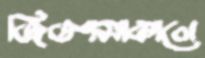
জিজ্ঞাসাকালে